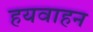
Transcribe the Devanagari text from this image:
हयवाहन